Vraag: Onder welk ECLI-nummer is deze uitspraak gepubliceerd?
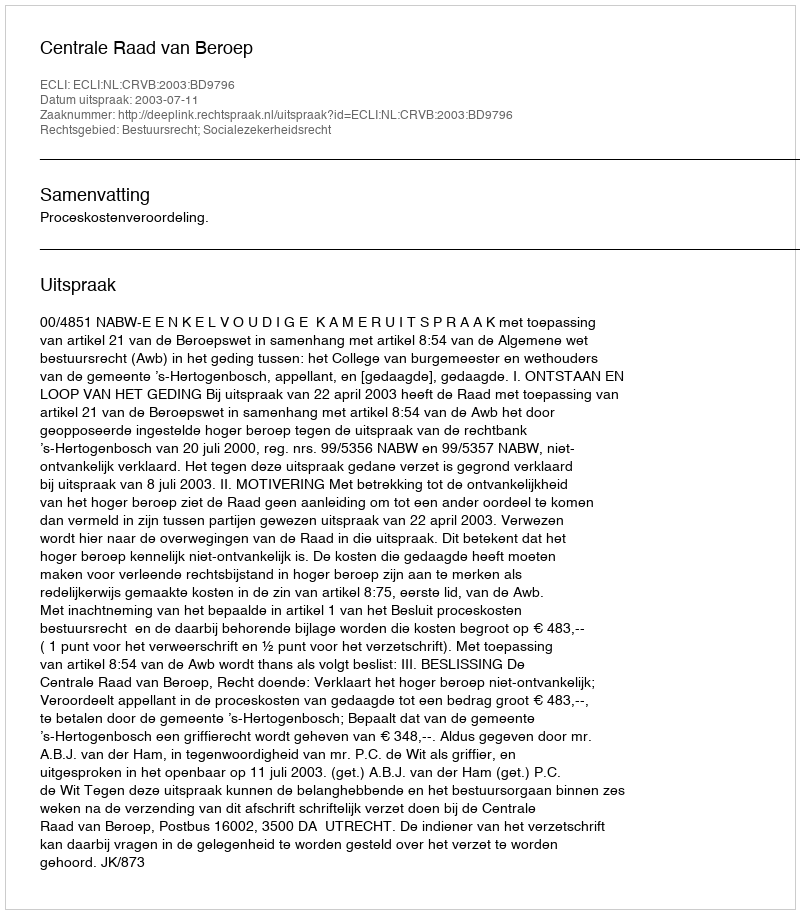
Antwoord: ECLI:NL:CRVB:2003:BD9796